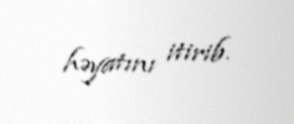
həyatını itirib.